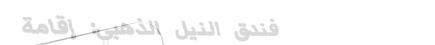
فندق النيل الذهبي: إقامة